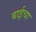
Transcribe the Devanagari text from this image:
बाईचा